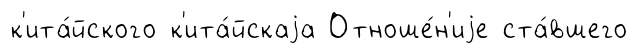
к'ита́йского к'ита́йскаjа Отноше́н'иjе ста́вшего